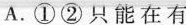
A.①②只能在有